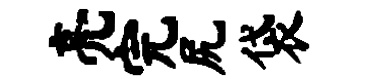
亮完尻袋